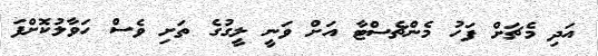
އަދި މެޗަށް ފަހު މެންޗެސްޓާ އަށް ވަނީ ލީގުގެ ތަށި ވެސް ހަވާލުކޮށްފަ